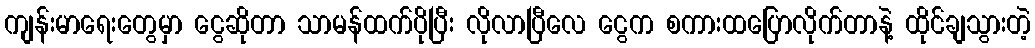
ကျန်းမာရေးတွေမှာ ငွေဆိုတာ သာမန်ထက်ပိုပြီး လိုလာပြီလေ ငွေက စကားထပြောလိုက်တာနဲ့ ထိုင်ချသွားတဲ့